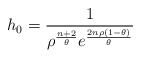
\begin{align*}h_{0}=\frac{1}{\rho^{\frac{n+2}{\theta}}e^{\frac{2n\rho(1-\theta)}{\theta}}}\end{align*}